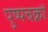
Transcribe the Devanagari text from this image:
पुष्पचक्रों